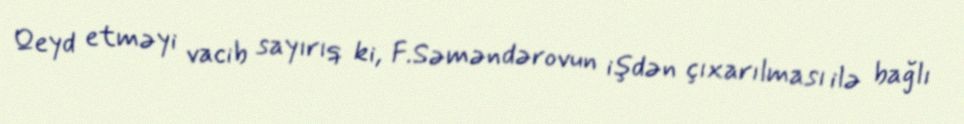
Qeyd etməyi vacib sayırıq ki, F.Səməndərovun işdən çıxarılması ilə bağlı